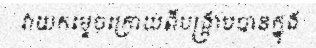
វាយកម្ទេចក្រោយពីបង្ក្រាបបានក្នុង